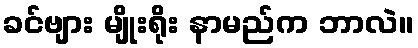
ခင်ဗျား မျိုးရိုး နာမည်က ဘာလဲ။